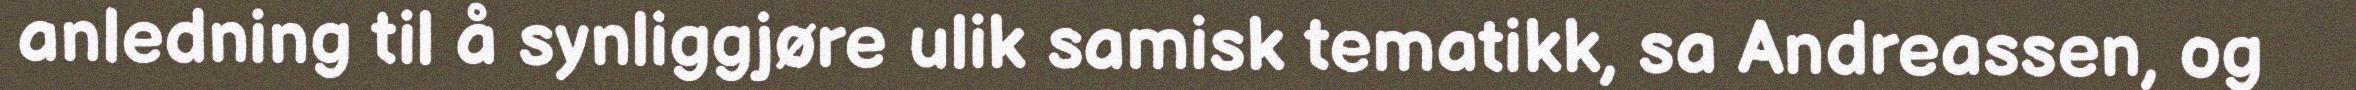
anledning til å synliggjøre ulik samisk tematikk, sa Andreassen, og